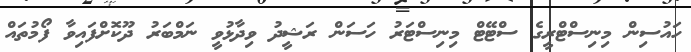
ހައުސިން މިނިސްޓްރީގެ ސްޓޭޓް މިނިސްޓަރު ހަސަން ރަޝީދު ވިދާޅުވީ ނަމްބަރު ދޫކޮށްފައިވާ ފޯމުތައް